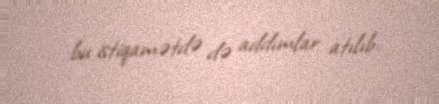
bu istiqamətdə də addımlar atılıb.